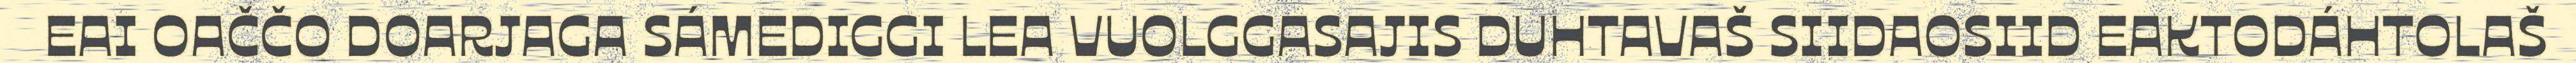
EAI OAČČO DOARJAGA SÁMEDIGGI LEA VUOLGGASAJIS DUHTAVAŠ SIIDAOSIID EAKTODÁHTOLAŠ